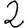
Digit: 2